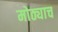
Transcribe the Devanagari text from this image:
मोठ्याच